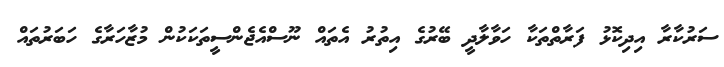
ސަރުކާރާ އިދިކޮޅު ފަރާތްތަކާ ހަވާލާދީ ބޭރުގެ އިތުރު އެތައް ނޫސްއެޖެންސީތަކަކުން މުޒާހަރާގެ ހަބަރުތައް